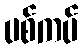
ပစ်ကပ်